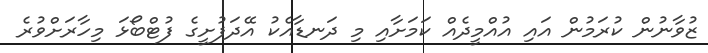
ޒުވާނުން ކުރަމުން އައި އުއްމީދެއް ކަމަށާއި މި ދަނޑާއެކު އޭދަފުށީގެ ފުޓްބޯޅަ މިހާރަށްވުރެ